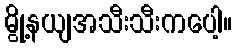
မွို့နယျအသီးသီးကပေါ့။